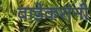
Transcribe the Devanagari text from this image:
वाडेकरांनी